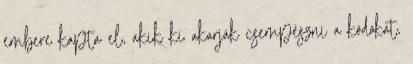
embere kapta el, akik ki akarják csempészni a kódokat,